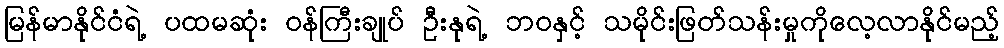
မြန်မာနိုင်ငံရဲ့ ပထမဆုံး ဝန်ကြီးချုပ် ဦးနုရဲ့ ဘဝနှင့် သမိုင်းဖြတ်သန်းမှုကိုလေ့လာနိုင်မည့်